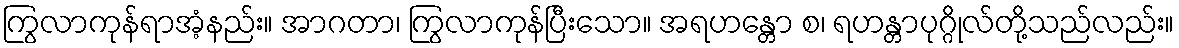
ကြွလာကုန်ရာအံ့နည်း။ အာဂတာ၊ ကြွလာကုန်ပြီးသော။ အရဟန္တော စ၊ ရဟန္တာပုဂ္ဂိုလ်တို့သည်လည်း။